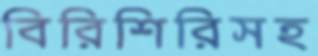
বিরিশিরিসহ